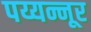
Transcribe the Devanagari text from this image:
पय्यन्नूर